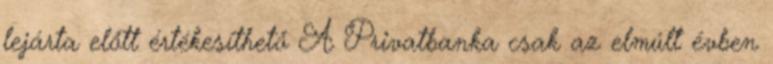
lejárta előtt értékesíthető A Privatbanka csak az elmúlt évben